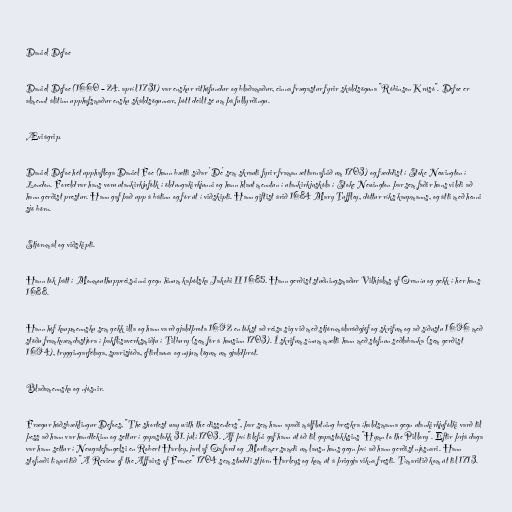
Daniel Defoe

Daniel Defoe (1660 – 24. apríl 1731) var enskur rithöfundur og blaðamaður, einna frægastur fyrir skáldsöguna "Róbinson Krúsó". Defoe er
almennt álitinn upphafsmaður ensku skáldsögunnar, þótt deilt sé um þá fullyrðingu.

Æviágrip.

Daniel Defoe hét upphaflega Daniel Foe (hann bætti síðar 'De' sem skrauti fyrir framan ættarnafnið um 1703) og fæddist í Stoke Newington í
London. Foreldrar hans voru utankirkjufólk í öldungakirkjunni og hann hlaut menntun í utankirkjuskóla í Stoke Newington þar sem faðir hans vildi að
hann gerðist prestur. Hann gaf það upp á bátinn og fór út í viðskipti. Hann giftist árið 1684 Mary Tuffley, dóttur ríks kaupmanns, og átti með henni
sjö börn.

Stjórnmál og viðskipti.

Hann tók þátt í Monmouthuppreisninni gegn hinum kaþólska Jakobi II 1685. Hann gerðist stuðningsmaður Vilhjálms af Óraníu og gekk í her hans
1688.

Hann hóf kaupmennsku sem gekk illa og hann varð gjaldþrota 1692 en tókst að reisa sig við með stjórnmálaráðgjöf og skrifum og að síðustu 1696 með
stöðu framkvæmdastjóra í þakflísaverksmiðju í Tilbury (sem fór á hausinn 1703). Í skrifum sínum mælti hann með stofnun seðlabanka (sem gerðist
1694), tryggingarfélaga, sparisjóða, eftirlauna og nýjum lögum um gjaldþrot.

Blaðamennska og njósnir.

Frægur háðsbæklingur Defoes, "The shortest way with the dissenters", þar sem hann apaði málflutning breskra íhaldsmanna gegn utankirkjufólki varð til
þess að hann var handtekinn og settur í gapastokk 31. júlí 1703. Af því tilefni gaf hann út óð til gapastokksins "Hymn to the Pillory". Eftir þrjá daga
var hann settur í Newgatefangelsi en Robert Harley, jarl af Oxford og Mortimer samdi um lausn hans gegn því að hann gerðist njósnari. Hann
stofnaði tímaritið "A Review of the Affairs of France" 1704 sem studdi stjórn Harleys og kom út á þriggja vikna fresti. Tímaritið kom út til 1713.